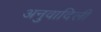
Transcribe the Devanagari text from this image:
अनुवादिली